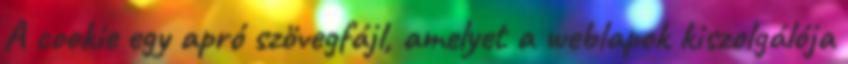
A cookie egy apró szövegfájl, amelyet a weblapok kiszolgálója